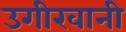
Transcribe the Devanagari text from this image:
उगीरवानी